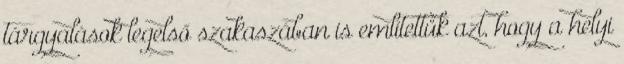
tárgyalások legelső szakaszában is említettük azt, hogy a helyi